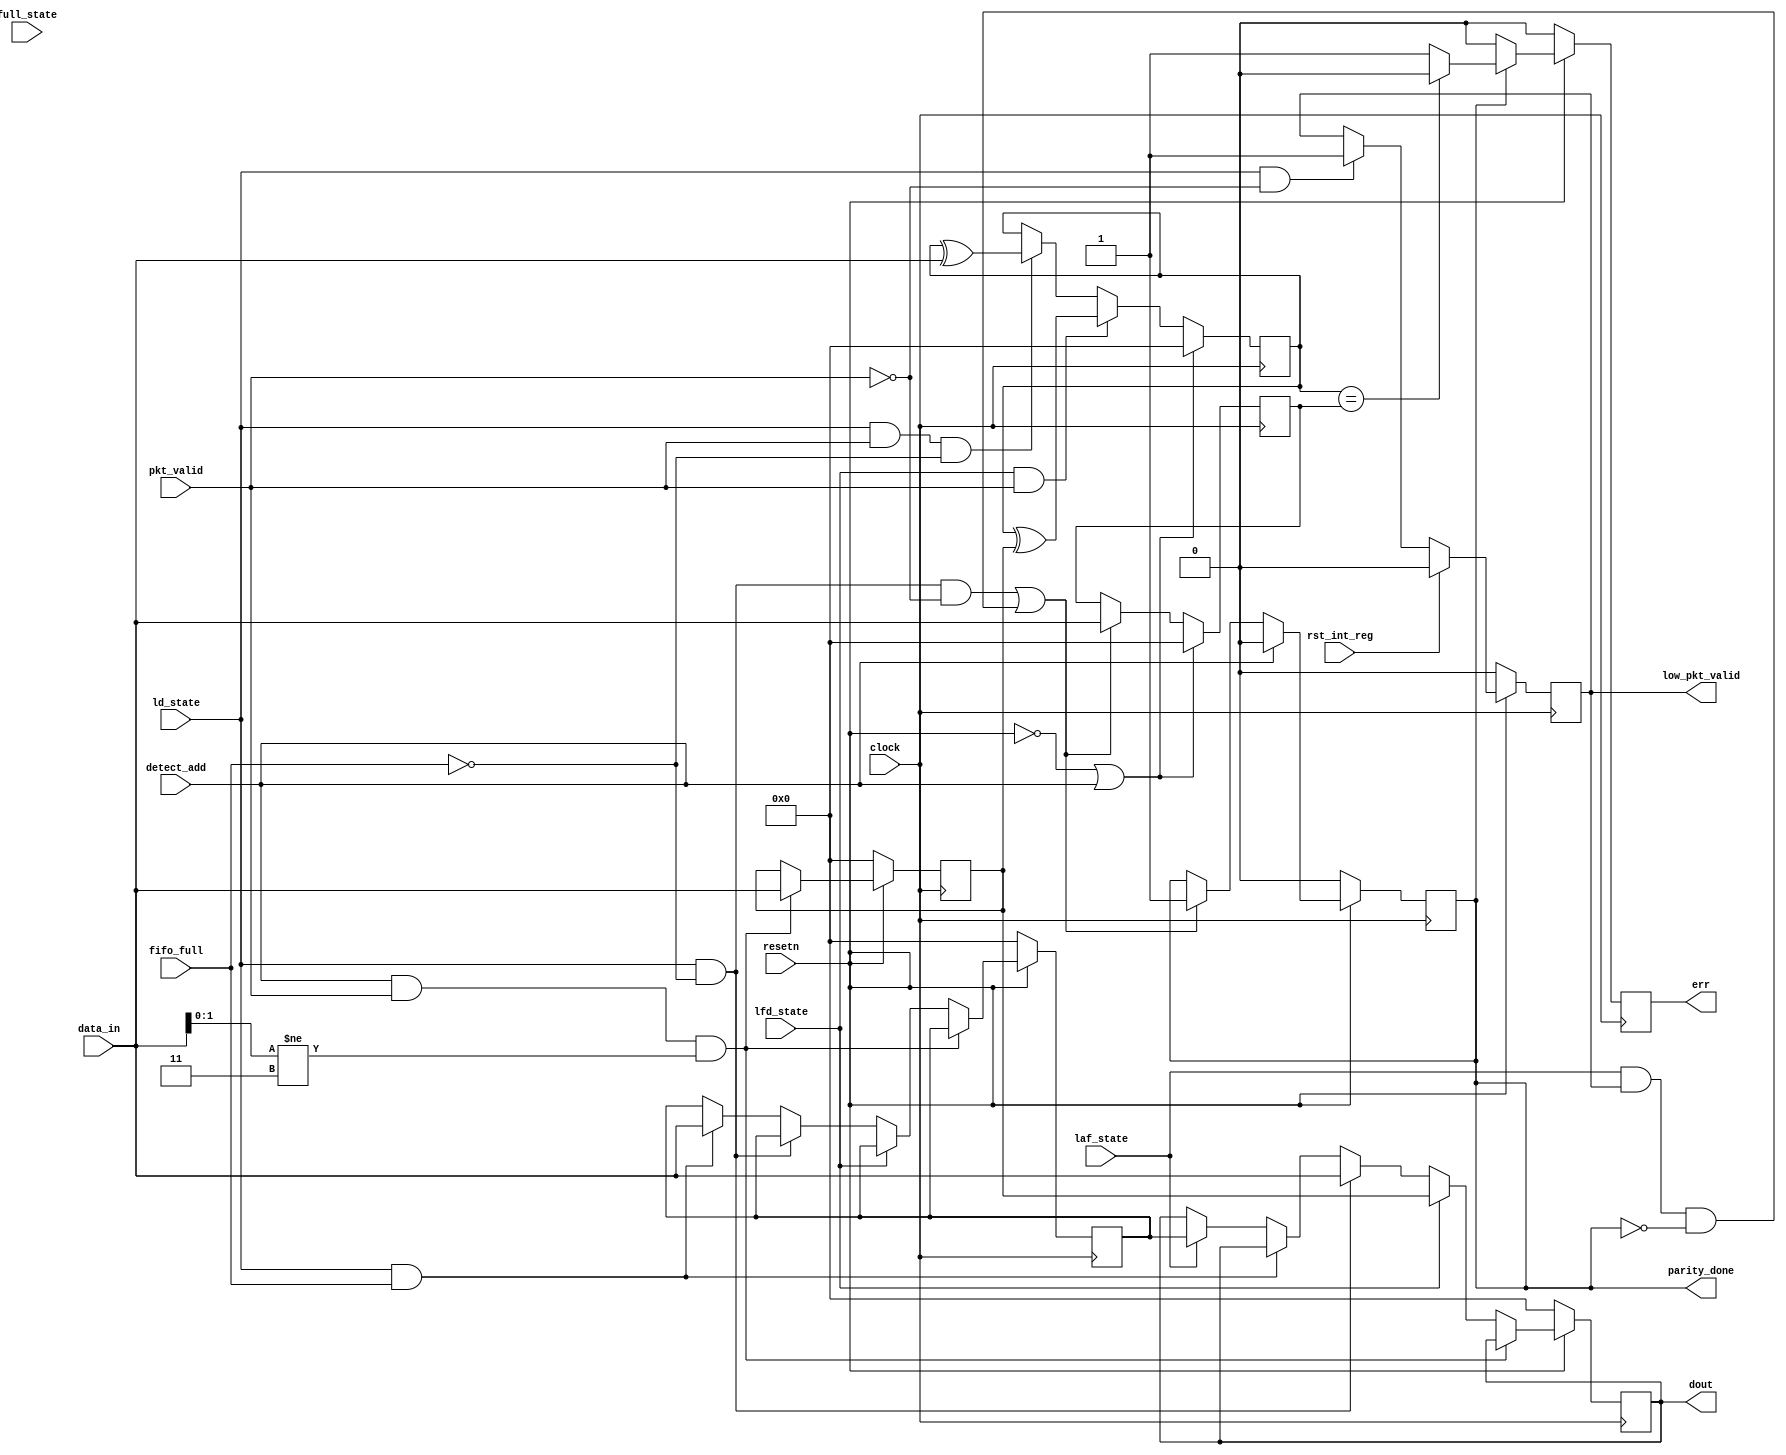
`timescale 1ns / 1ps

module REGISTER( input clock, resetn, pkt_valid, 
                 input [7:0] data_in,
                 input fifo_full, rst_int_reg, detect_add,
                 input lfd_state, ld_state, full_state, laf_state,
                 output reg [7:0] dout,
                 output reg parity_done, low_pkt_valid, err
                );
        
      reg [7:0] header, int_reg, internal_parity, external_parity;  // Our actual register
      
      // data out
      always@(posedge clock)
      begin
        if(!resetn) begin
            header <= 0 ;
            dout <= 0;
            int_reg <= 0;
        end
        else if(detect_add && pkt_valid && (data_in[1:0]!=2'b11))
            header <= data_in;
        else if(lfd_state)
            dout <= header;
        else if(ld_state && !fifo_full)
            dout <= data_in;
        else if(ld_state && fifo_full)
            int_reg <= data_in;
        else if(laf_state)
            dout <= int_reg;
      end
      
      // low packet valid
      always@(posedge clock)
      begin
        if(!resetn)
            low_pkt_valid <= 0;
        else if(rst_int_reg)
            low_pkt_valid <= 0;
        else if(ld_state && !pkt_valid)
            low_pkt_valid <= 1;        
      end
      
      // parity done
      always@(posedge clock)
      begin
        if(!resetn)
            parity_done <= 0;
        else if(detect_add)
            parity_done <= 0;
        else if((ld_state && !fifo_full && !pkt_valid)||(laf_state && low_pkt_valid && !parity_done))
            parity_done <= 1;
      end
      
      // internal parity calculation
      always@(posedge clock)
      begin
        if(!resetn || detect_add)
            internal_parity <= 0;
        else if(lfd_state && pkt_valid)
            internal_parity <= internal_parity^header;
        else if(ld_state && pkt_valid && !fifo_full)
            internal_parity <= internal_parity^data_in;
        else
            internal_parity <= internal_parity;
      end
      
      // external parity
      always@(posedge clock)
      begin
        if(!resetn || detect_add)
            external_parity <= 0;
        else if((ld_state && !fifo_full && !pkt_valid)||(laf_state && low_pkt_valid && !parity_done))
            external_parity <= data_in;   
      end
      
      // Error logic
      always@(posedge clock)
      begin
        if(!resetn)
            err <= 0;
        else if(parity_done)
        begin
            if(internal_parity == external_parity)
                err <= 0;
            else
                err <= 1; 
        end
        else
            err <= 0;
      end
endmodule